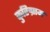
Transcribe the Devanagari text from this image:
कुरिग्राम